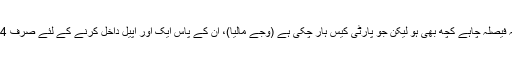
انہوں نے یہ بھی کہا کہ فیصلہ چاہے کچھ بھی ہو لیکن جو پارٹی کیس ہار چکی ہے (وجے مالیا)، ان کے پاس ایک اور اپیل داخل کرنے کے لئے صرف 14 دنوں کا ہی وقت ہے۔